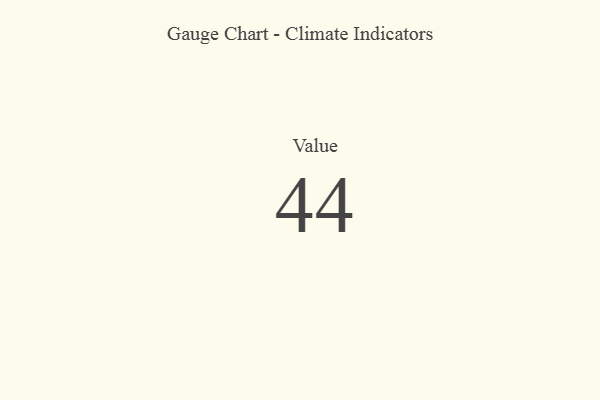
{"axis": {"x": "Metric", "y": "Value"}, "legend": [""], "data": [{"x": "Value", "y": 44, "type": ""}]}